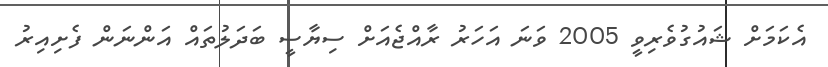
އެކަމަށް ޝައުގުވެރިވީ 2005 ވަނަ އަހަރު ރާއްޖެއަށް ސިޔާސީ ބަދަލުތައް އަންނަން ފެށިއިރު